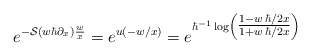
\begin{align*}e^{-\mathcal{S}(w\hbar \partial_x)\frac{w}{x}} = e^{u(-w/x)} = e^{\hbar^{-1}\log \left(\tfrac{1-w \,\hbar/2x}{1+w\,\hbar/2x}\right)}\end{align*}